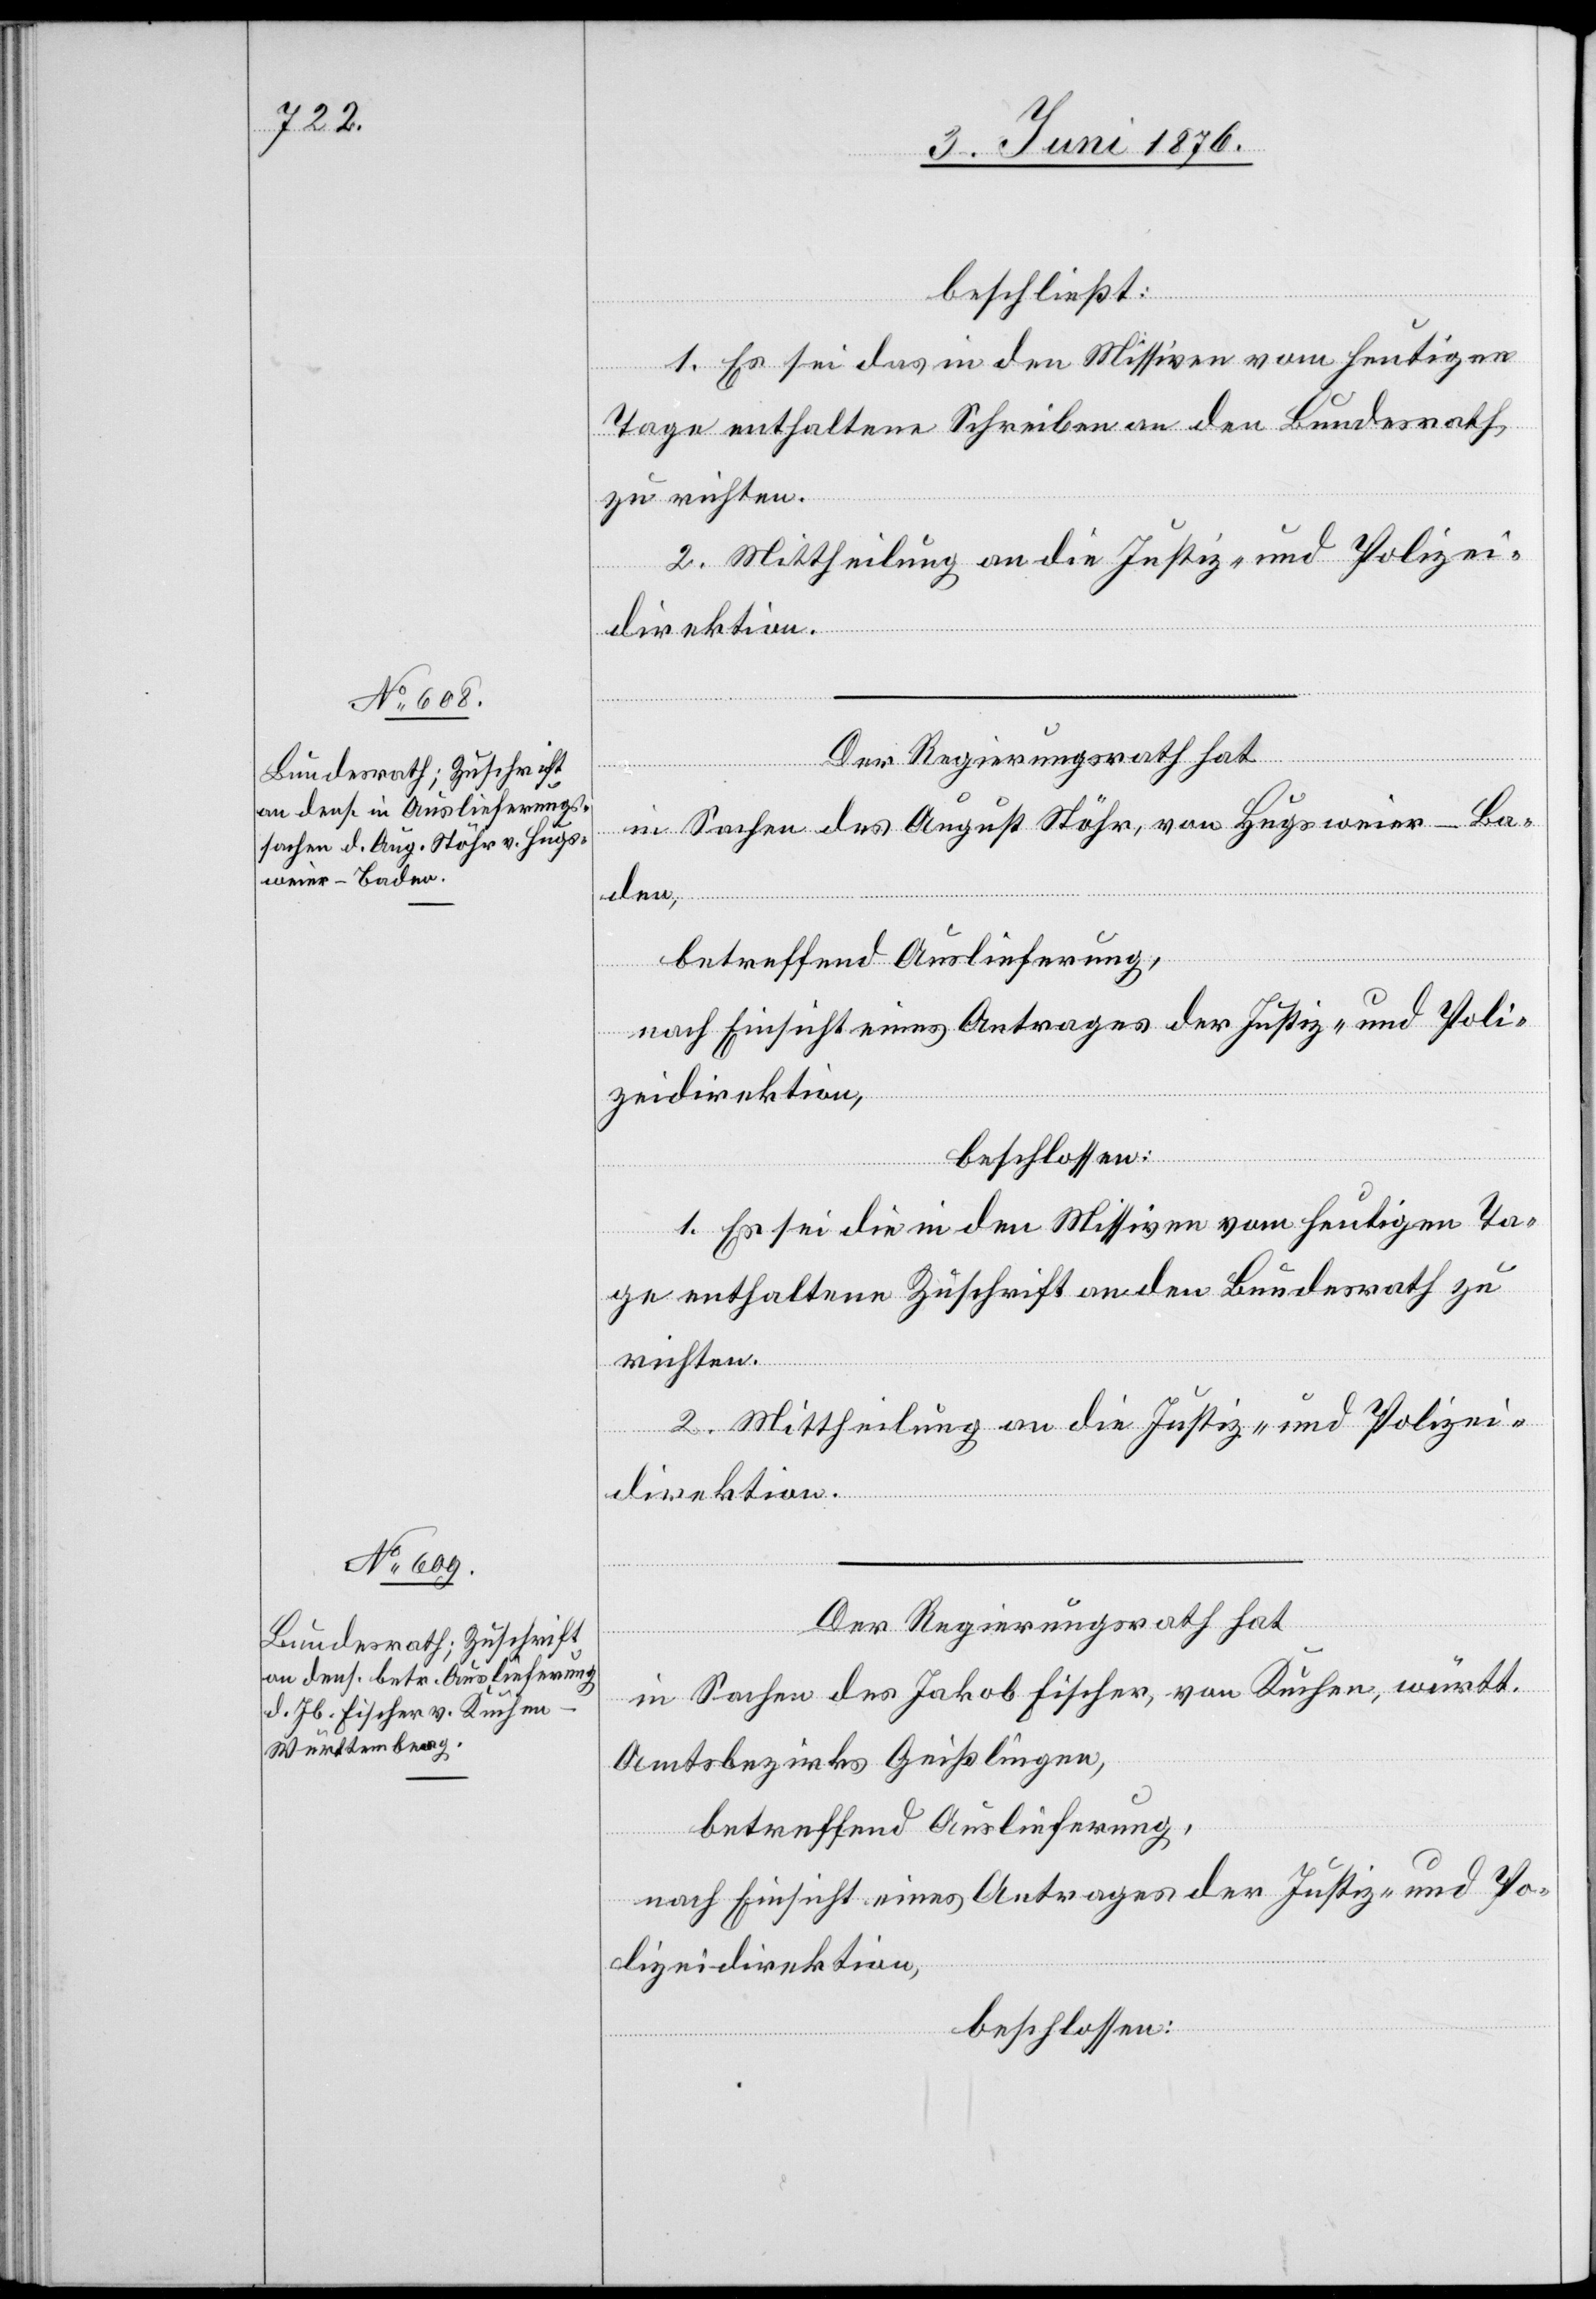
8. Juni 1876.]
beschließt:
1. Es sei das in den Missiven vom heutigen
Tage enthaltene Schreiben an den Bundesrath
zu richten.
in Sachen des August Stöhr, von Hugsweier - Ba¬
den,
betreffend Auslieferung,
nach Einsicht eines Antrages der Justiz- und Poli¬
zeidirektion,
beschlossen:
1. Es sei die in den Missiven vom heutigen Ta¬
ge enthaltene Zuschrift an den Bundesrath zu
richten.
2. Mittheilung an die Justiz- und Polizei¬
direktion.
Der Regierungsrath hat
in Sachen des Jakob Fischer, von Kuchen, württ.
Amtsbezirk Geislingen,
betreffend Auslieferung,
nach Einsicht eines Antrages der Justiz- und Po¬
lizeidirektion,
beschlossen: